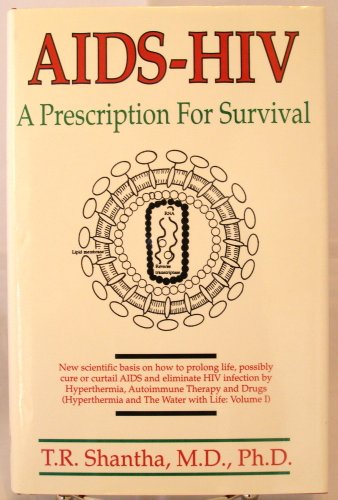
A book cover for AIDS-HIV: A Prescription for Survival; T. R. Shantha; Health, Fitness & Dieting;